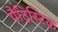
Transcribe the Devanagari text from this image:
पैट्रिस्टिक